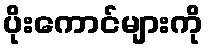
ပိုးကောင်များကို